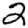
Digit: 2